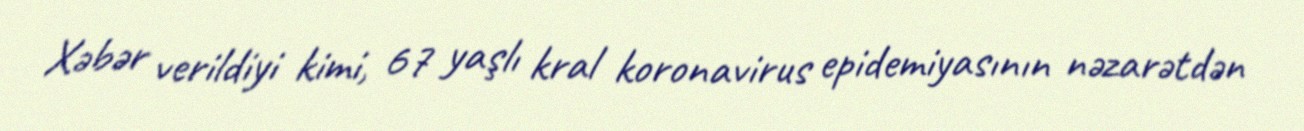
Xəbər verildiyi kimi, 67 yaşlı kral koronavirus epidemiyasının nəzarətdən